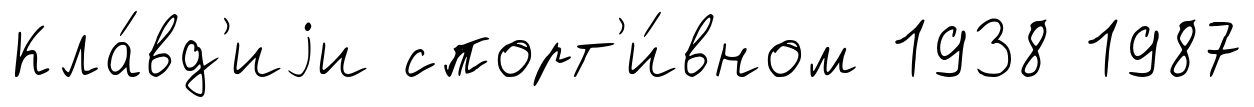
Кла́вд'иjи спорт'и́вном 1938 1987